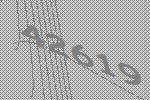
42619